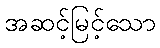
အဆင့်မြင့်သော